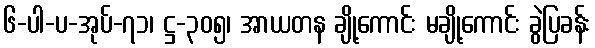
၆-ပါ-ပ-အုပ်-၇၁၊ ဋ္ဌ-၃၀၅၊ အာယတန ချို့ကောင်း မချို့ကောင်း ခွဲပြခန်း